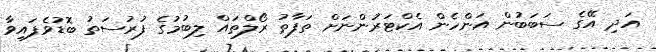
އަދި އޭގެ ސަބަބުން އަންހެން އެކްޓަރުންނަށް ތަފާތު ރޯލްތައް ލިބުމުގެ ފުރުސަތު ބޮޑުވެފައިވާ